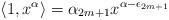
LaTeX: \begin{align*}\langle 1,x^\alpha\rangle=\alpha_{2m+1}x^{\alpha-\epsilon_{2m+1}}\end{align*}